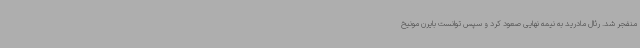
منفجر شد. رئال مادرید به نیمه نهایی صعود کرد و سپس توانست بایرن مونیخ